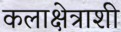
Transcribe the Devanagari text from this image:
कलाक्षेत्राशी